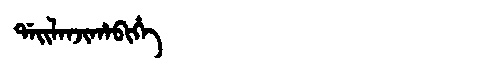
Manchu: ᡩᠠᡳᠯᠠᠨᠵᡳᡥᠠᠪᡳᡥᡝ
Romanization: DAILANJIHABIHE